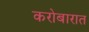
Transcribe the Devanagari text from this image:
करोबारात